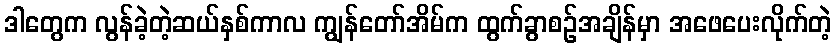
ဒါတွေက လွန်ခဲ့တဲ့ဆယ်နှစ်ကာလ ကျွန်တော်အိမ်က ထွက်ခွာစဉ်အချိန်မှာ အဖေပေးလိုက်တဲ့